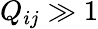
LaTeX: Q_{ij}\gg 1